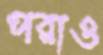
পরাও